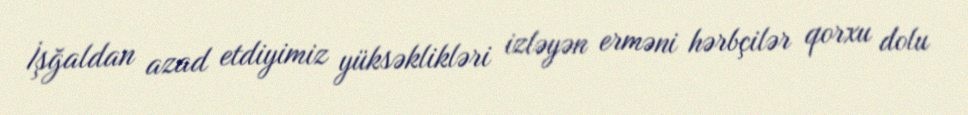
İşğaldan azad etdiyimiz yüksəklikləri izləyən erməni hərbçilər qorxu dolu